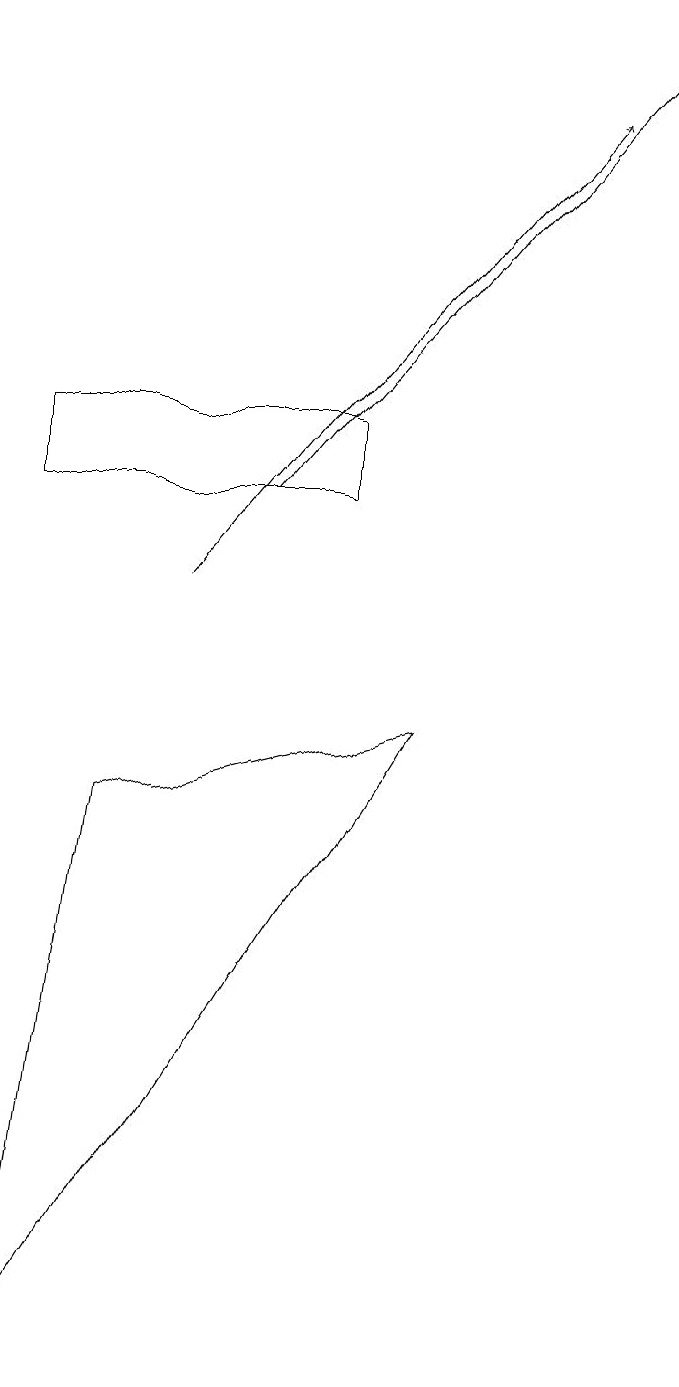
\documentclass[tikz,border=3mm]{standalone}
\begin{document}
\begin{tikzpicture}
\draw[->] (3,11) -- (8,17);
\draw[->] (2,10) -- (7,16);
\draw (4,11) rectangle (0,12);
\draw (1,7) -- (5,8) -- (0,0) -- cycle;
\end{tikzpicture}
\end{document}